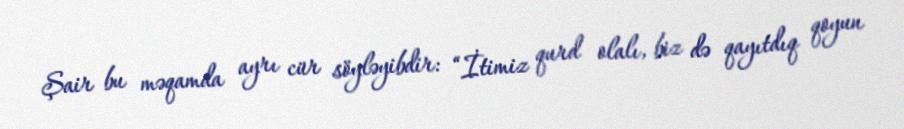
Şair bu məqamda ayrı cür söyləyibdir: “İtimiz qurd olalı, biz də qayıtdıq qoyun